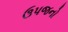
ઉપજનો